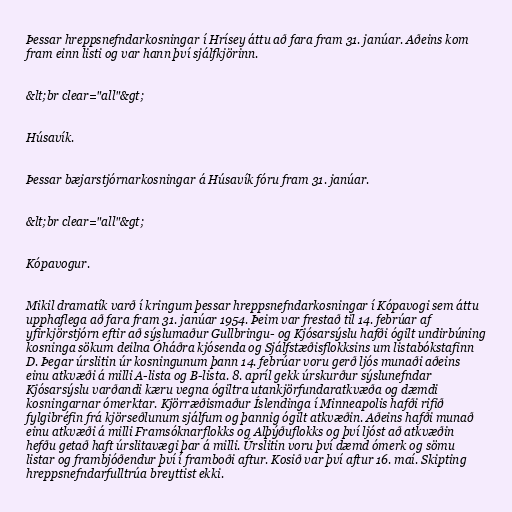
Þessar hreppsnefndarkosningar í Hrísey áttu að fara fram 31. janúar. Aðeins kom
fram einn listi og var hann því sjálfkjörinn.

&lt;br clear="all"&gt;

Húsavík.

Þessar bæjarstjórnarkosningar á Húsavík fóru fram 31. janúar.

&lt;br clear="all"&gt;

Kópavogur.

Mikil dramatík varð í kringum þessar hreppsnefndarkosningar í Kópavogi sem áttu
upphaflega að fara fram 31. janúar 1954. Þeim var frestað til 14. febrúar af
yfirkjörstjórn eftir að sýslumaður Gullbringu- og Kjósarsýslu hafði ógilt undirbúning
kosninga sökum deilna Óháðra kjósenda og Sjálfstæðisflokksins um listabókstafinn
D. Þegar úrslitin úr kosningunum þann 14. febrúar voru gerð ljós munaði aðeins
einu atkvæði á milli A-lista og B-lista. 8. apríl gekk úrskurður sýslunefndar
Kjósarsýslu varðandi kæru vegna ógiltra utankjörfundaratkvæða og dæmdi
kosningarnar ómerktar. Kjörræðismaður Íslendinga í Minneapolis hafði rifið
fylgibréfin frá kjörseðlunum sjálfum og þannig ógilt atkvæðin. Aðeins hafði munað
einu atkvæði á milli Framsóknarflokks og Alþýðuflokks og því ljóst að atkvæðin
hefðu getað haft úrslitavægi þar á milli. Úrslitin voru því dæmd ómerk og sömu
listar og frambjóðendur því í framboði aftur. Kosið var því aftur 16. maí. Skipting
hreppsnefndarfulltrúa breyttist ekki.